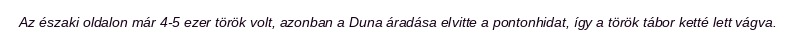
Az északi oldalon már 4-5 ezer török volt, azonban a Duna áradása elvitte a pontonhidat, így a török tábor ketté lett vágva.